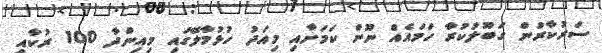
ސަރުކާރުން ގަބޫލުކުރާ ހަމައެއް ނޫން ކަމަށާއި މިއަދު ހުޅުމާލޭގައި މިއިންދާ 100 ރުކާއި